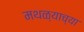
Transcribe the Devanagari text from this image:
मथळ्याच्या